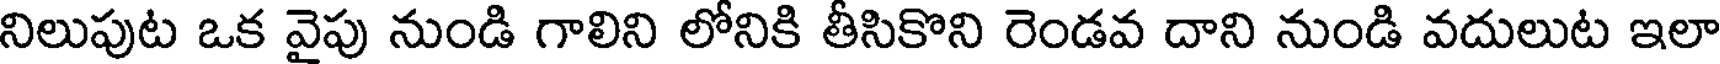
నిలుపుట ఒక వైపు నుండి గాలిని లోనికి తీసికొని రెండవ దాని నుండి వదులుట ఇలా